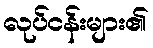
လုပ်ငန်းများ၏